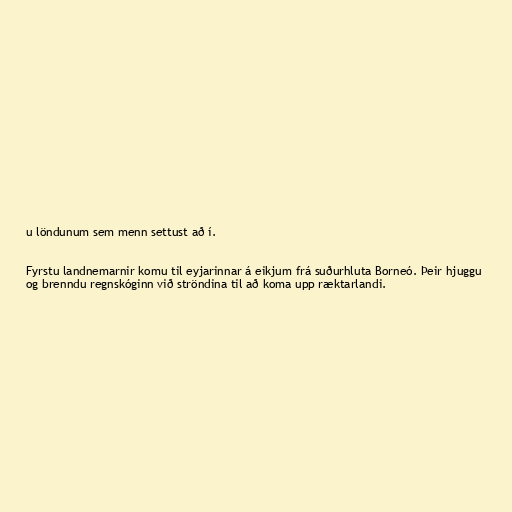
u löndunum sem menn settust að í.

Fyrstu landnemarnir komu til eyjarinnar á eikjum frá suðurhluta Borneó. Þeir hjuggu
og brenndu regnskóginn við ströndina til að koma upp ræktarlandi.